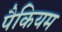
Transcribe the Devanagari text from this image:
पैकियम